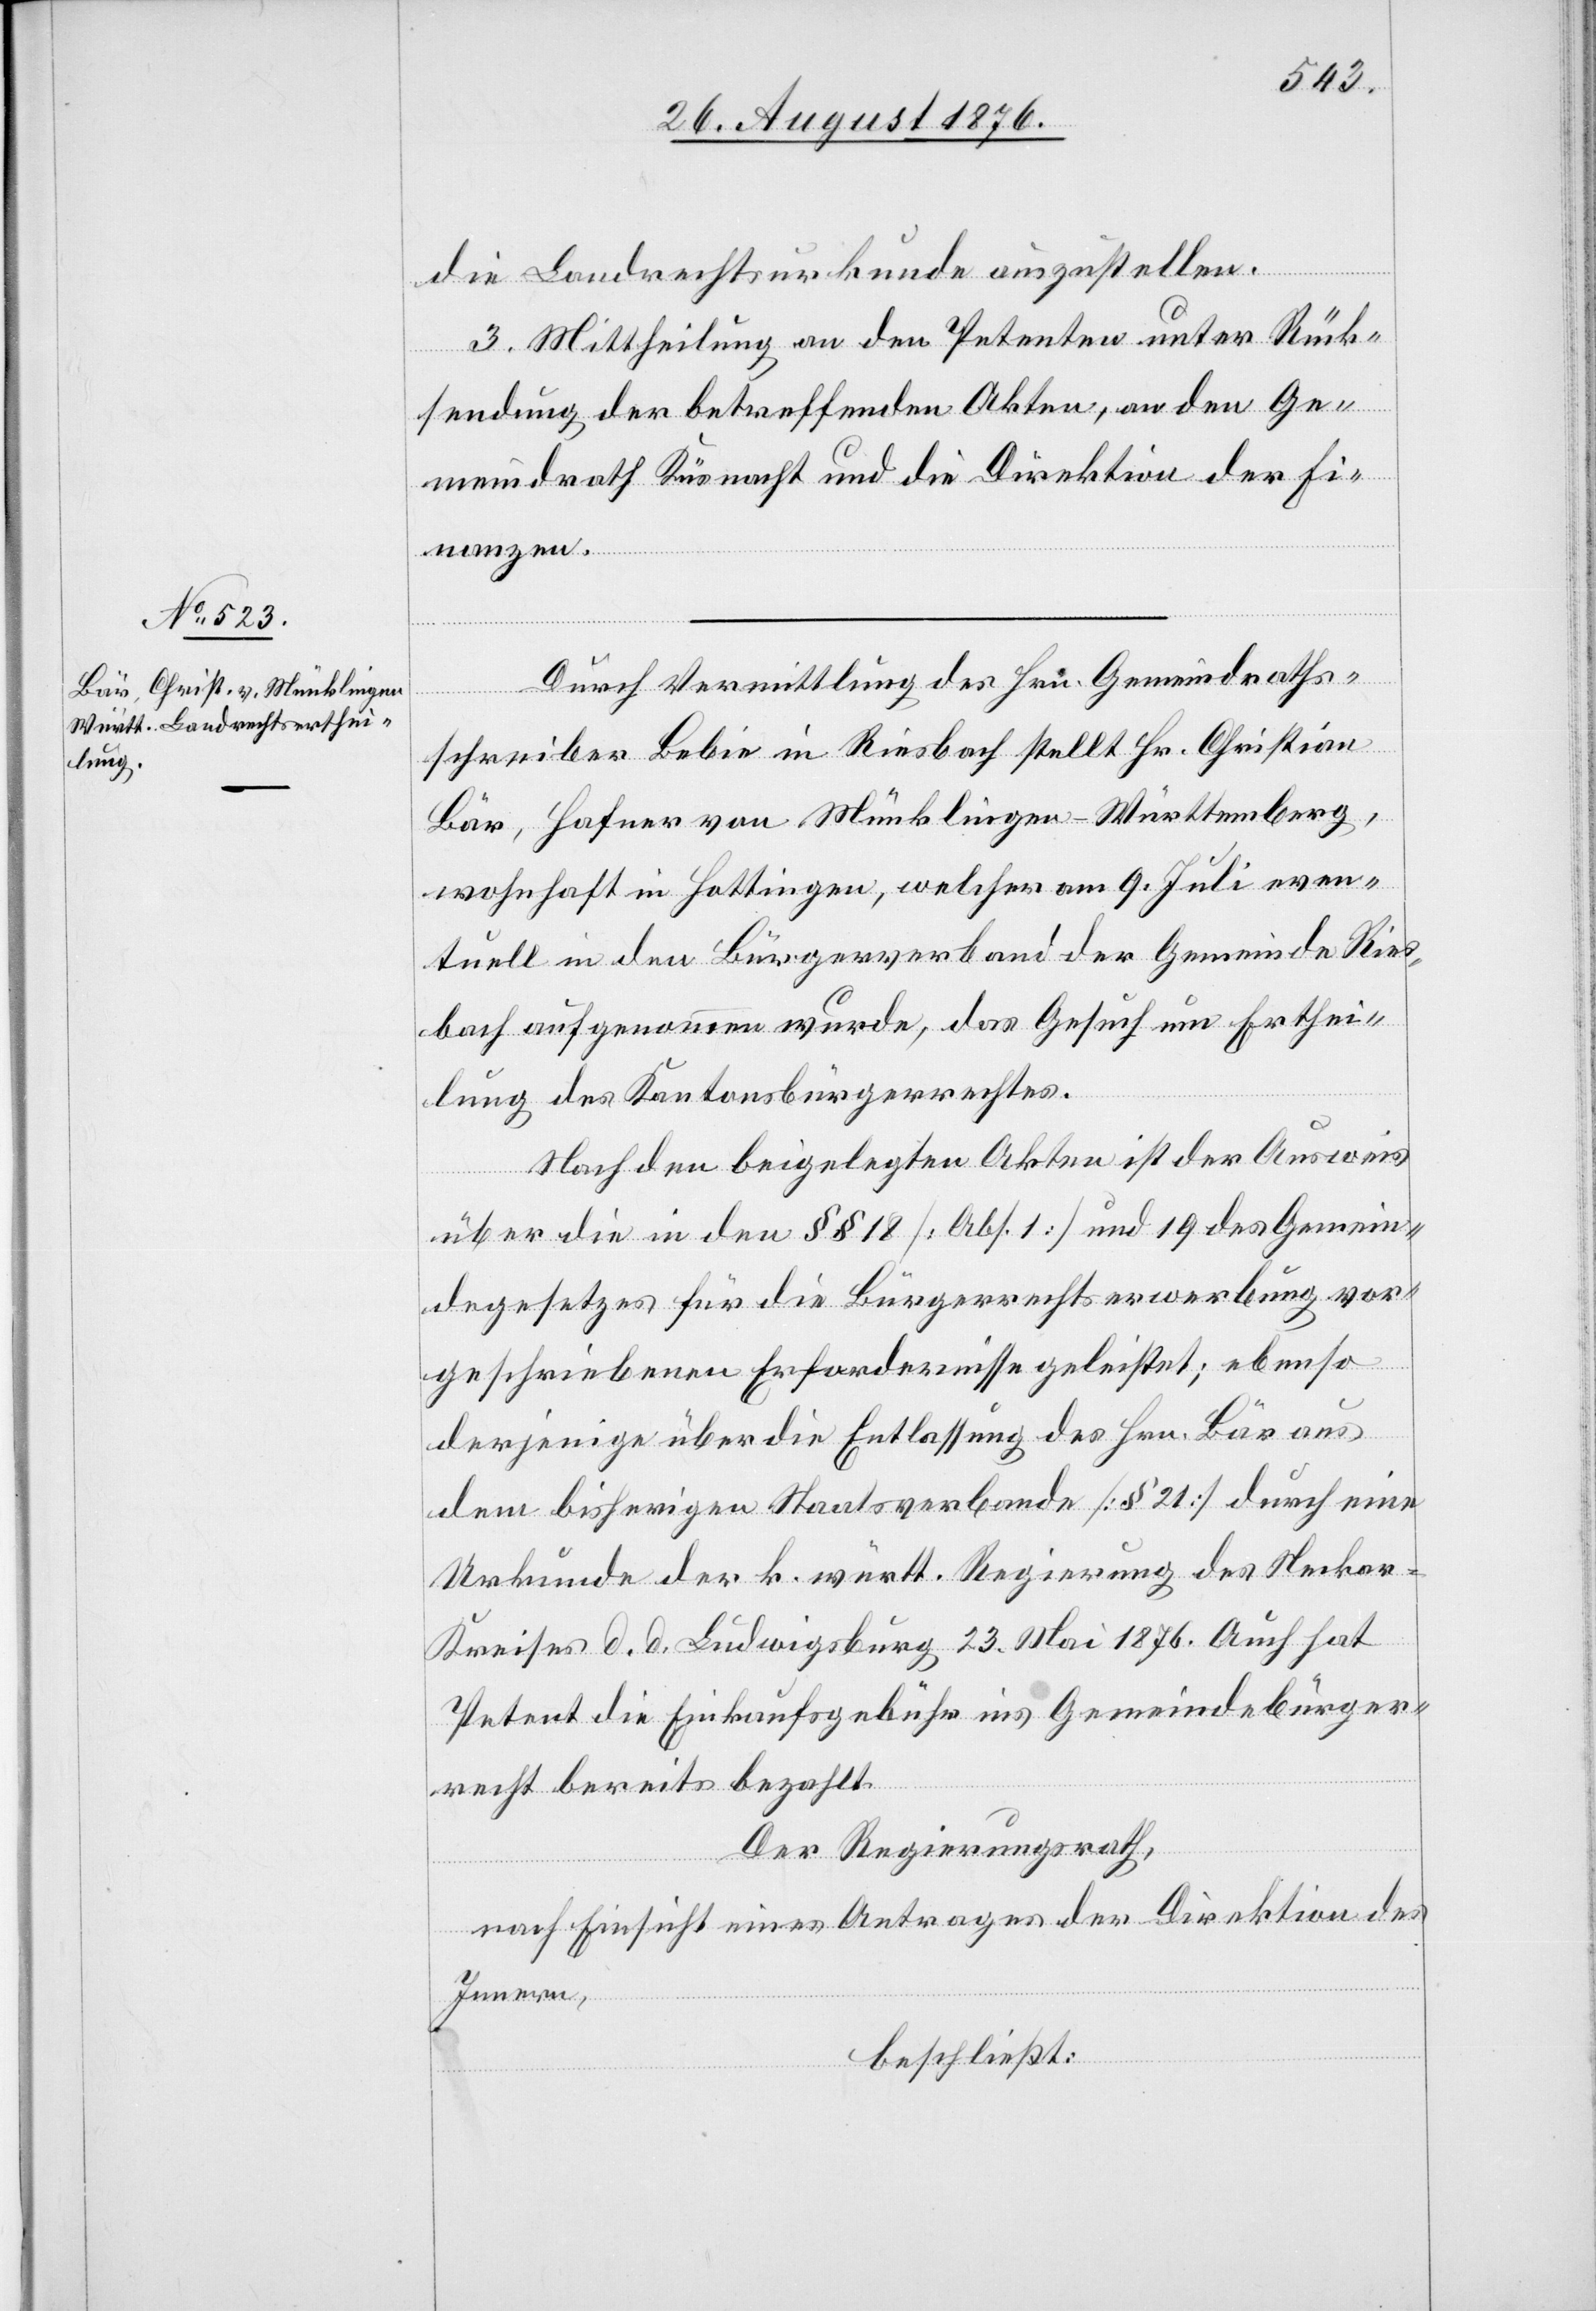
die Landrechtsurkunde auszustellen.
3. Mittheilung an den Petenten unter Rück¬
sendung der betreffenden Akten, an den Ge¬
meindrath Küsnacht und die Direktion der Fi¬
nanzen.
Durch Vermittlung des Hrn. Gemeindraths¬
schreiber Bebie in Riesbach stellt Hr. Christian
Bär, Hafner von Münklingen - Württemberg,
wohnhaft in Hottingen, welcher am 9. Juli even¬
tuell in den Bürgerverband der Gemeinde Ries¬
bach aufgenommen wurde, das Gesuch um Erthei¬
lung des Kantonsbürgerrechtes.
Nach den beigelegten Akten ist der Ausweis
über die in den §§ 18 [Abs. 1] und 19 des Gemein¬
degesetzes für die Bürgerrechtserwerbung vor¬
geschriebenen Erfordernisse geleistet; ebenso
derjenige über die Entlassung des Hrn. Bär aus
dem bisherigen Staatsverbande [§ 21] durch eine
Urkunde der k. württ. Regierung des Necka¬
r-Kreises d. d. Ludwigsburg 23. Mai 1876. Auch hat
Petent die Einkaufsgebühr ins Gemeindebürger¬
recht bereits bezahlt.
Der Regierungsrath,
nach Einsicht eines Antrages der Direktion des
Innern,
beschließt: